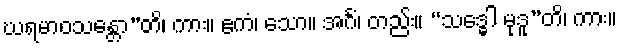
ဃရမာဝသန္တော”တိ၊ ကား။ ဧကံ၊ သော။ အင်္ဂံ၊ တည်း။ “သဒ္ဓေါ မုဒူ”တိ၊ ကား။